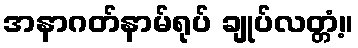
အနာဂတ်နာမ်ရုပ် ချုပ်လတ္တံ့။